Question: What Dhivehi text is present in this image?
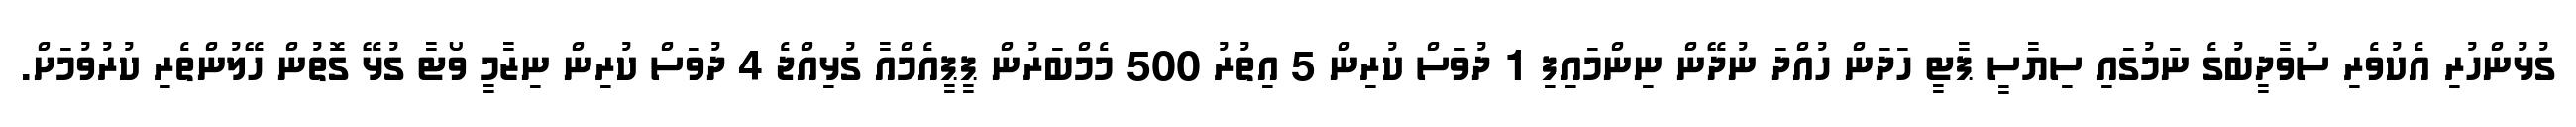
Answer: ގުޅުންހުރި އެކުވެރި ސުވާދީބުގެ ނަމުގައި ސިޔާސީ ޕާޓީ ހަދަން ހުއްދަ ނުދޭން ނިންމައިފި 1 ދުވަސް ކުރިން 5 އިތުރު 500 މެމްބަރުން ޕީޕީއެމްއާ ގުޅިއްޖެ 4 ދުވަސް ކުރިން ނިޒާމީ ވޯޓާ ގުޅޭ ގޮތުން ހޭލުންތެރި ކުރުވުމަށް.